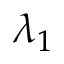
\lambda _ { 1 }